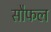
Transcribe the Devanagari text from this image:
सौफल